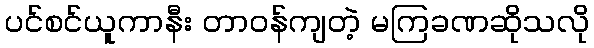
ပင်စင်ယူကာနီး တာဝန်ကျတဲ့ မကြခဏဆိုသလို